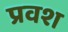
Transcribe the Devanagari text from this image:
प्रवश